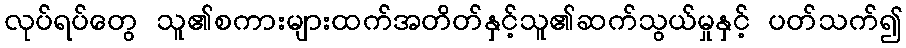
လုပ်ရပ်တွေ သူ၏စကားများထက်အတိတ်နှင့်သူ၏ဆက်သွယ်မှုနှင့် ပတ်သက်၍